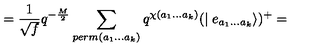
= \frac { 1 } { \sqrt { f } } q ^ { - \frac { M } { 2 } } \sum _ { p e r m ( a _ { 1 } . . . a _ { k } ) } q ^ { \chi ( a _ { 1 } . . . a _ { k } ) } ( \mid e _ { a _ { 1 } . . . a _ { k } } \rangle ) ^ { + } =